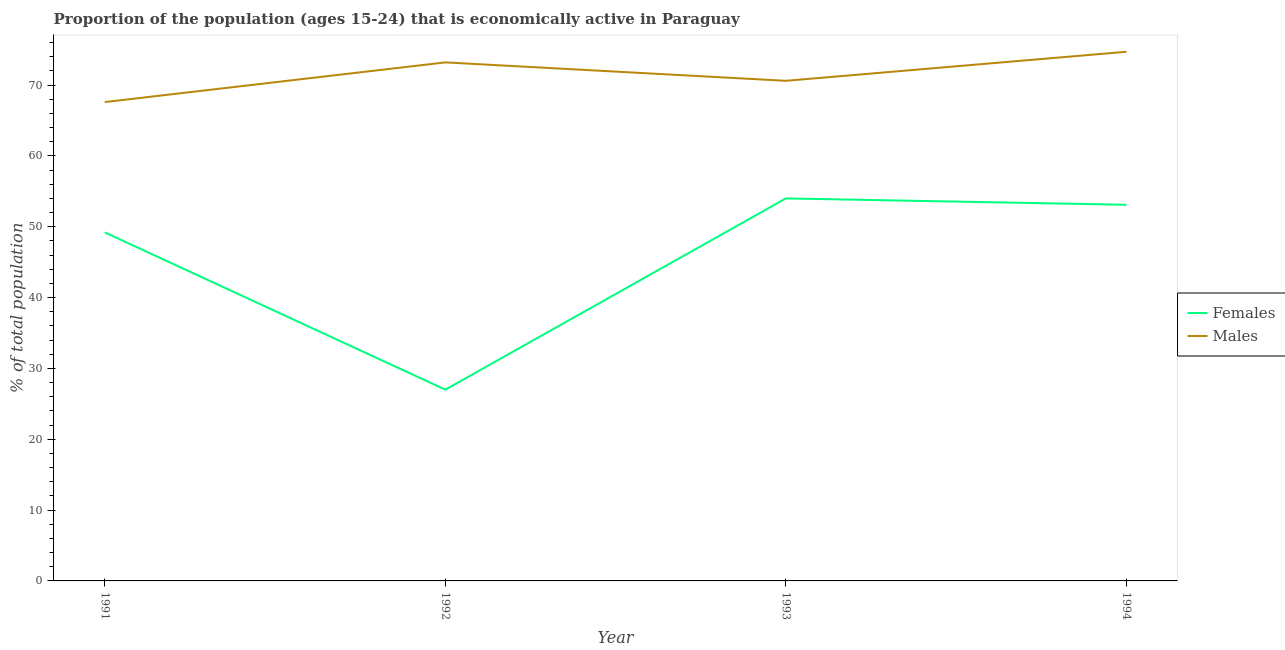
| Year | Females | Males |
 | --- | --- | --- |
 | 1991 | 49.2 | 67.6 |
 | 1992 | 27 | 73.2 |
 | 1993 | 54 | 70.6 |
 | 1994 | 53.1 | 74.7 |